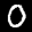
Label: 0